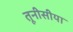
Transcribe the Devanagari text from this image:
तूनीसीया